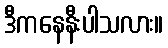
ဒီကနေနီးပါသလား။